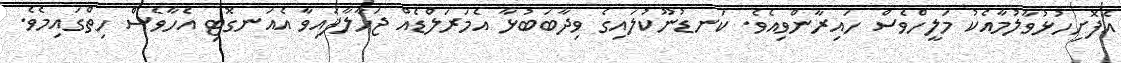
އެފޮށިހުޅުވާލުމާއެކު މަލީހްވެސް ހައިރާންވިއެވެ. ކަނޑުނޫކުލައިގެ ވިދާބަބުޅާ އެމަރަލްޑެއް ޖަހާލާފައިވާ އެއަނގޮޓި އެހާވެސް ހިތްގައިމެވެ.